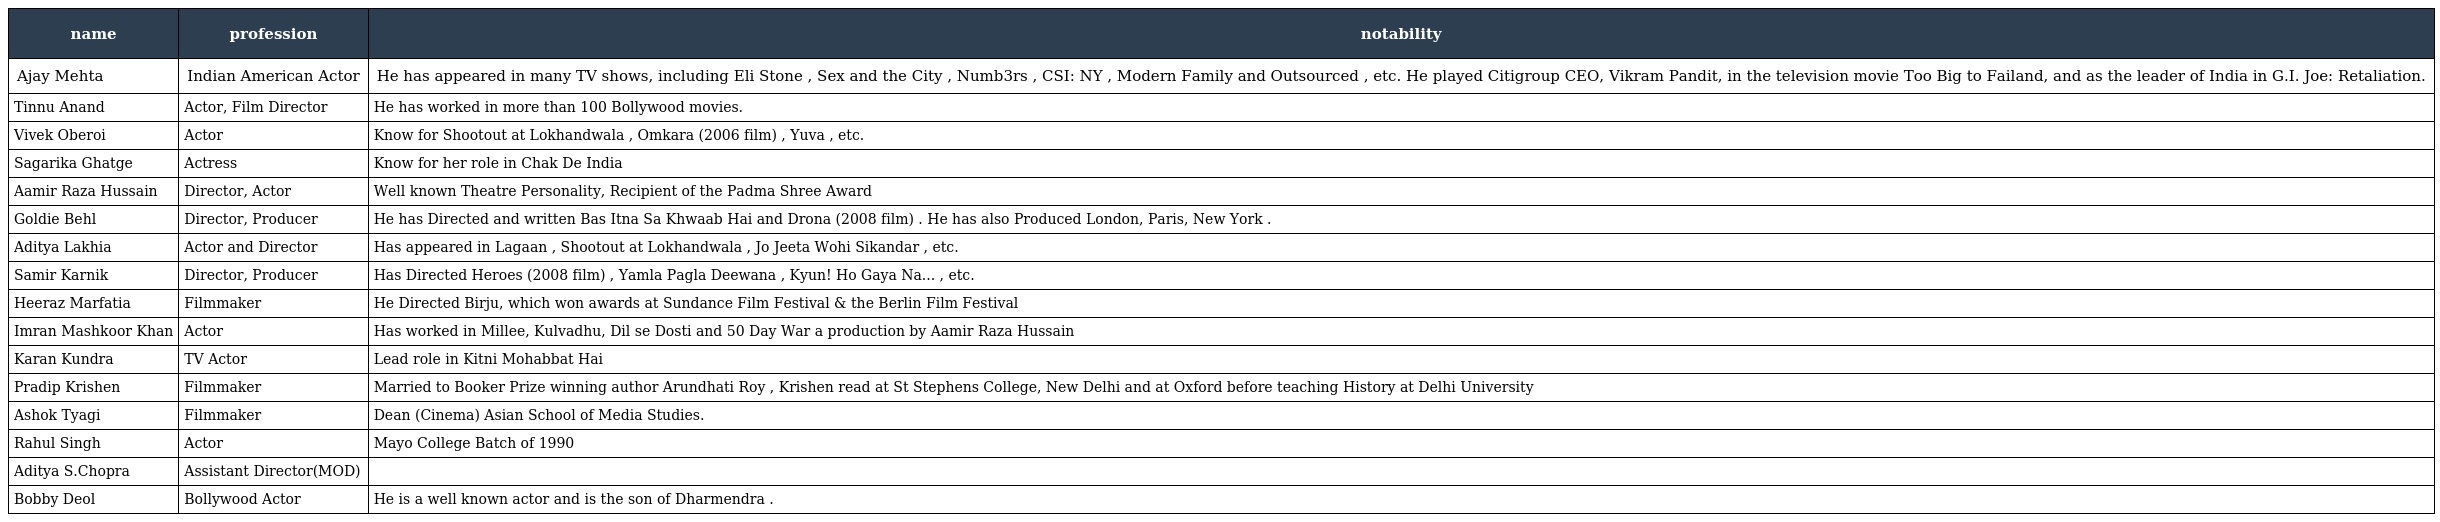
| name | profession | notability |
 | --- | --- | --- |
 | Ajay Mehta | Indian American Actor | He has appeared in many TV shows, including Eli Stone , Sex and the City , Numb3rs , CSI: NY , Modern Family and Outsourced , etc. He played Citigroup CEO, Vikram Pandit, in the television movie Too Big to Failand, and as the leader of India in G.I. Joe: Retaliation. |
 | Tinnu Anand | Actor, Film Director | He has worked in more than 100 Bollywood movies. |
 | Vivek Oberoi | Actor | Know for Shootout at Lokhandwala , Omkara (2006 film) , Yuva , etc. |
 | Sagarika Ghatge | Actress | Know for her role in Chak De India |
 | Aamir Raza Hussain | Director, Actor | Well known Theatre Personality, Recipient of the Padma Shree Award |
 | Goldie Behl | Director, Producer | He has Directed and written Bas Itna Sa Khwaab Hai and Drona (2008 film) . He has also Produced London, Paris, New York . |
 | Aditya Lakhia | Actor and Director | Has appeared in Lagaan , Shootout at Lokhandwala , Jo Jeeta Wohi Sikandar , etc. |
 | Samir Karnik | Director, Producer | Has Directed Heroes (2008 film) , Yamla Pagla Deewana , Kyun! Ho Gaya Na... , etc. |
 | Heeraz Marfatia | Filmmaker | He Directed Birju, which won awards at Sundance Film Festival & the Berlin Film Festival |
 | Imran Mashkoor Khan | Actor | Has worked in Millee, Kulvadhu, Dil se Dosti and 50 Day War a production by Aamir Raza Hussain |
 | Karan Kundra | TV Actor | Lead role in Kitni Mohabbat Hai |
 | Pradip Krishen | Filmmaker | Married to Booker Prize winning author Arundhati Roy , Krishen read at St Stephens College, New Delhi and at Oxford before teaching History at Delhi University |
 | Ashok Tyagi | Filmmaker | Dean (Cinema) Asian School of Media Studies. |
 | Rahul Singh | Actor | Mayo College Batch of 1990 |
 | Aditya S.Chopra | Assistant Director(MOD) |  |
 | Bobby Deol | Bollywood Actor | He is a well known actor and is the son of Dharmendra . |